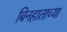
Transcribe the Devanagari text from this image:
बिनहाताच्या